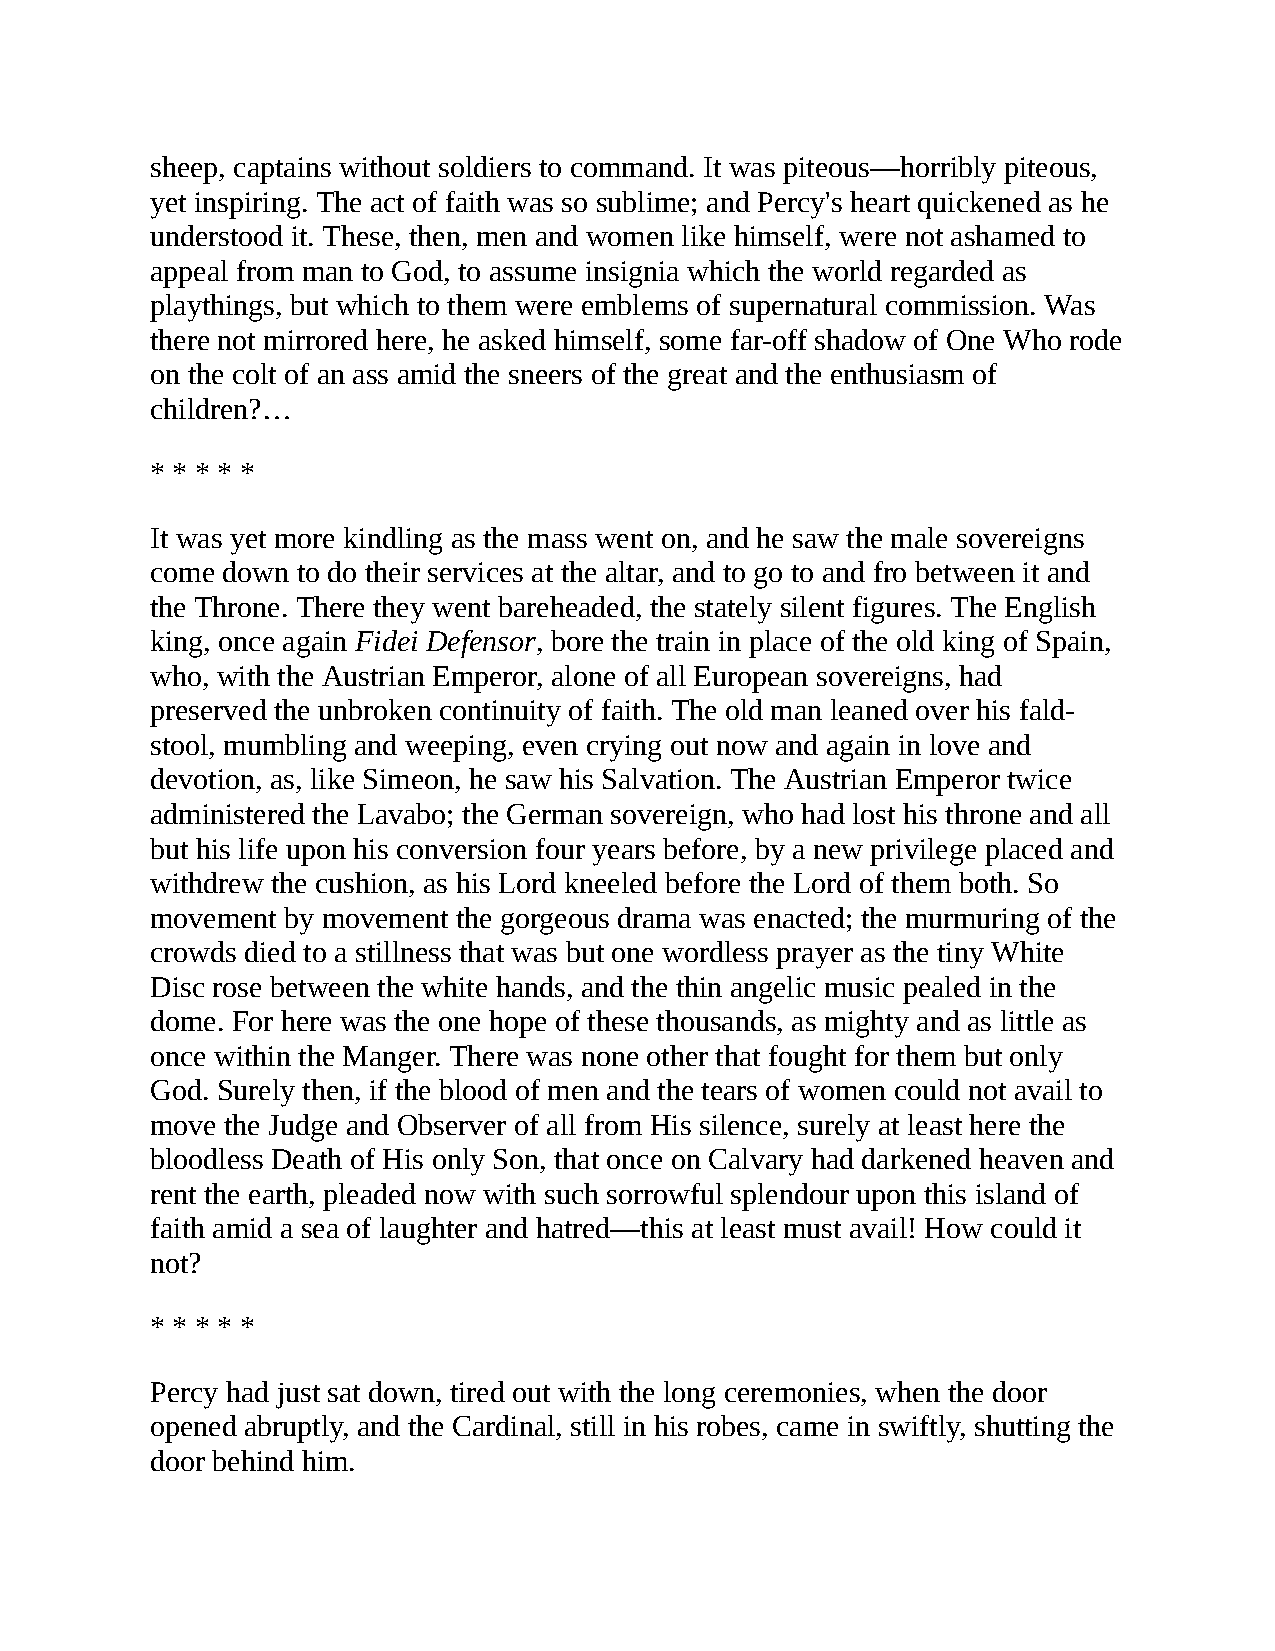
sheep, captains without soldiers to command. It was piteous—horribly piteous,
 yet inspiring. The act of faith was so sublime; and Percy's heart quickened as he
 understood it. These, then, men and women like himself, were not ashamed to
 appeal from man to God, to assume insignia which the world regarded as
 playthings, but which to them were emblems of supernatural commission. Was
 there not mirrored here, he asked himself, some far-off shadow of One Who rode
 on the colt of an ass amid the sneers of the great and the enthusiasm of
 children?…
 * * * * *
 It was yet more kindling as the mass went on, and he saw the male sovereigns
 come down to do their services at the altar, and to go to and fro between it and
 the Throne. There they went bareheaded, the stately silent figures. The English
 king, once again Fidei Defensor, bore the train in place of the old king of Spain,
 who, with the Austrian Emperor, alone of all European sovereigns, had
 preserved the unbroken continuity of faith. The old man leaned over his fald-
 stool, mumbling and weeping, even crying out now and again in love and
 devotion, as, like Simeon, he saw his Salvation. The Austrian Emperor twice
 administered the Lavabo; the German sovereign, who had lost his throne and all
 but his life upon his conversion four years before, by a new privilege placed and
 withdrew the cushion, as his Lord kneeled before the Lord of them both. So
 movement by movement the gorgeous drama was enacted; the murmuring of the
 crowds died to a stillness that was but one wordless prayer as the tiny White
 Disc rose between the white hands, and the thin angelic music pealed in the
 dome. For here was the one hope of these thousands, as mighty and as little as
 once within the Manger. There was none other that fought for them but only
 God. Surely then, if the blood of men and the tears of women could not avail to
 move the Judge and Observer of all from His silence, surely at least here the
 bloodless Death of His only Son, that once on Calvary had darkened heaven and
 rent the earth, pleaded now with such sorrowful splendour upon this island of
 faith amid a sea of laughter and hatred—this at least must avail! How could it
 not?
 * * * * *
 Percy had just sat down, tired out with the long ceremonies, when the door
 opened abruptly, and the Cardinal, still in his robes, came in swiftly, shutting the
 door behind him.